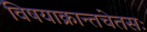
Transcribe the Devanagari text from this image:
विषयाक्रान्तचेतसः